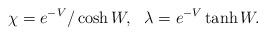
LaTeX: \begin{align*}\chi =e^{-V}/ \cosh W , ~~ \lambda = e^{-V}\tanh W .\end{align*}